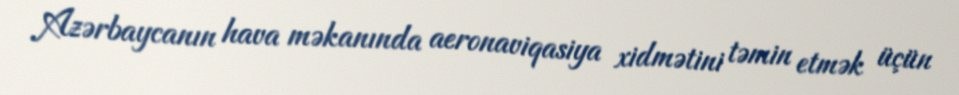
Azərbaycanın hava məkanında aeronaviqasiya xidmətini təmin etmək üçün